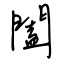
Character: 闔